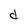
Character: d